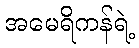
အမေရိကန်ရဲ့